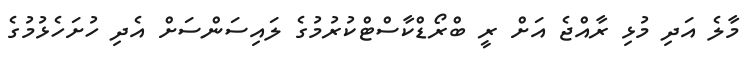
މާލެ އަދި މުޅި ރާއްޖެ އަށް ރީ ބްރޯޑްކާސްޓްކުރުމުގެ ލައިސަންސަށް އެދި ހުށަހެޅުމުގެ